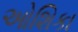
ઓશિકા